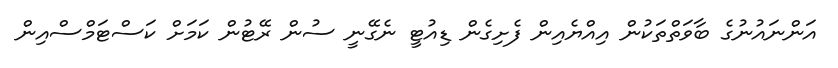
އަންނައުނުގެ ބާވަތްތަކުން އިއްޔެއިން ފެށިގެން ޑިއުޓީ ނެގޭނީ ސުން ރޭޓުން ކަމަށް ކަސްޓަމްސްއިން